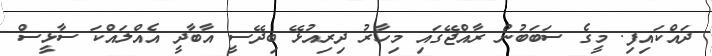
ދައްކައިފި. މީގެ ސަބަބުން ރާއްޖޭގައި މިހާރު ދިރިއުޅޭ ބިދޭސީ އާބާދީ އެއްލައްކަ ސާޅީސް